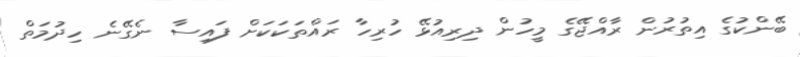
ބޭންކުގެ އިތުރުން ރާއްޖޭގެ މީހުން ދިރިއުޅޭ ހުރިހާ ރައްތަކަކަށް ފައިސާ ނެގޭނެ ހިދުމަތް